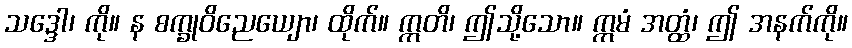
သဒ္ဒေါ၊ ကို။ န စက္ခုဝိညေယျော၊ ထိုက်။ ဣတိ၊ ဤသို့သော။ ဣမံ အတ္ထံ၊ ဤ အနက်ကို။